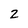
Character: 2